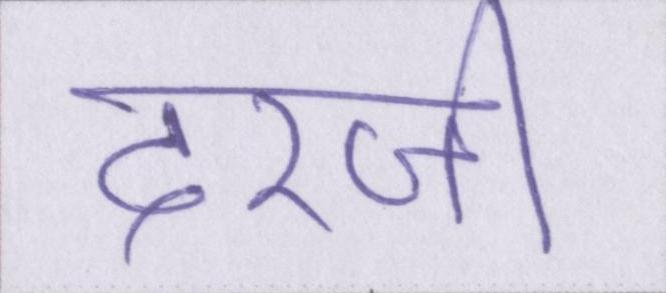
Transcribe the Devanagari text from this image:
दरजी